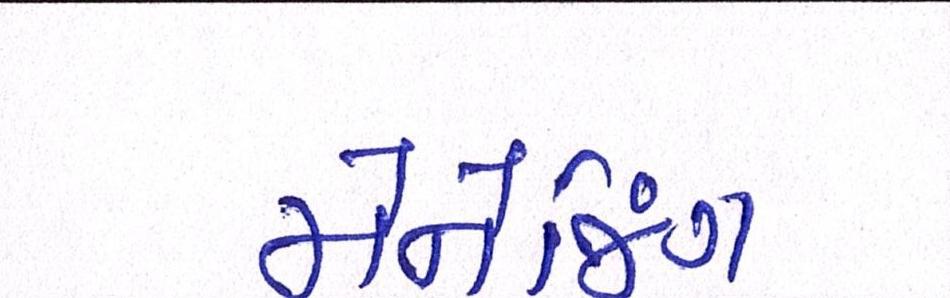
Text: મેનેજિંગ